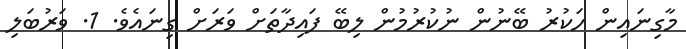
މާގިނައިން ހަކުރު ބޭނުން ނުކުރުމުން ލިބޭ ފައިދާތަށް ވަރަށް ގިނައެވެ. 1. ވަރުބަލި